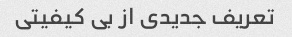
تعریف جدیدی از بی کیفیتی